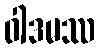
ဝါဒမဿ